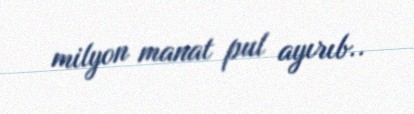
milyon manat pul ayırıb..